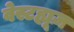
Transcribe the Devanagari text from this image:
वेस्टह्यूज़